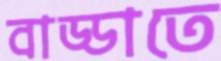
বাড্ডাতে